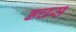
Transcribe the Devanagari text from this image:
डचस